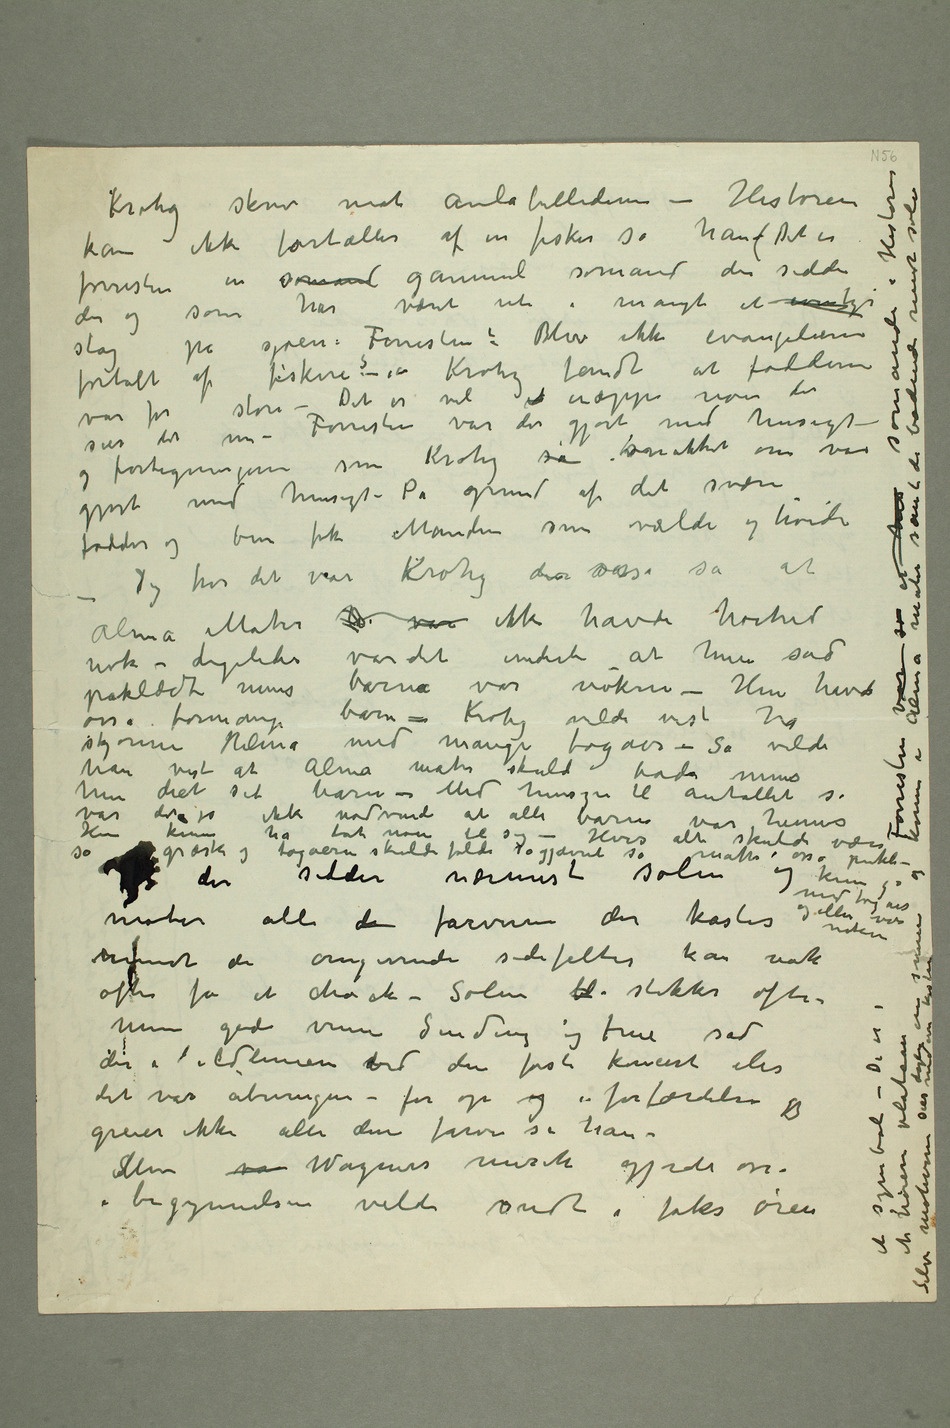
var for store – Det er vel ik næppe noen der
gjort med hensigt – På grund af det svære
osså formange barn – Krohg vilde vist ha
han vist at Alma Mater skulde bade mens
kunne ha tat noen til sig – Hvis alt skulde
være så græsk og togaerne skulde falde så gjævnt så måtte osså publi- kum gå med togaer og ellers være nøkne
Min gode venn Sinding og frue sad
i begyndelsen veldi ondt i folks øren et symbol – De er i et høiere plateau
de badende